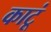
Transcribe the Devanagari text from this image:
काटूं